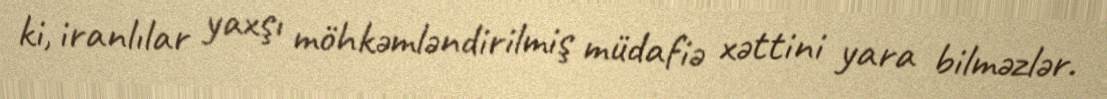
ki, iranlılar yaxşı möhkəmləndirilmiş müdafiə xəttini yara bilməzlər.